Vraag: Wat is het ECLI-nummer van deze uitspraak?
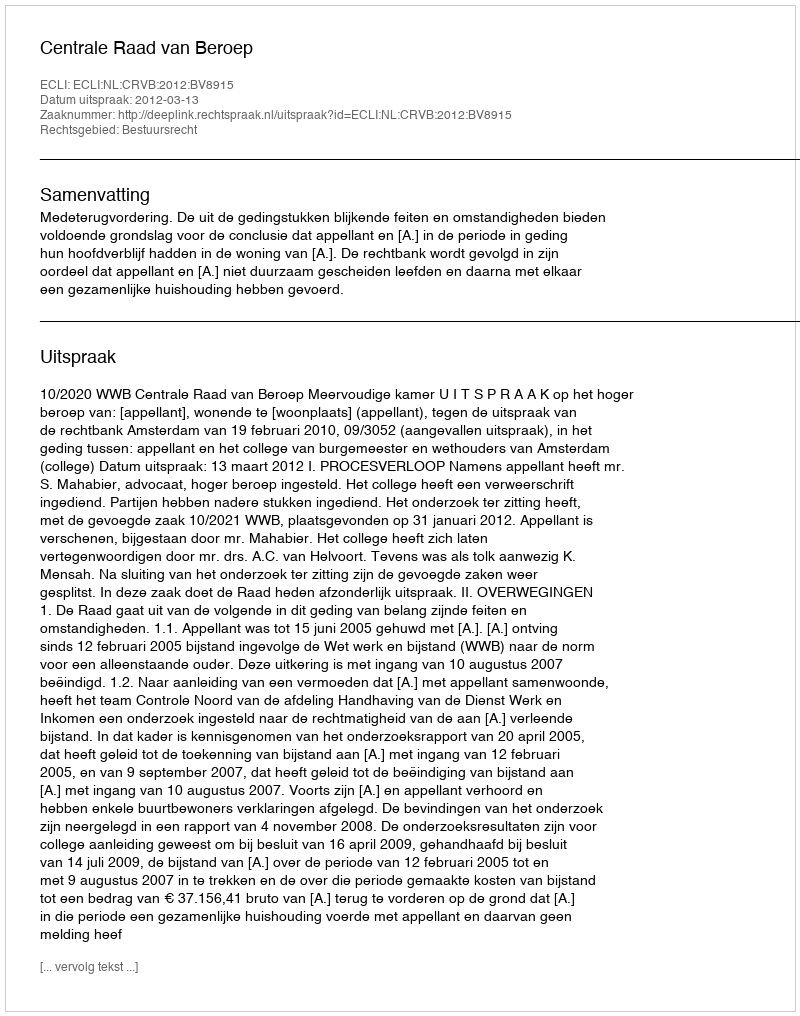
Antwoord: ECLI:NL:CRVB:2012:BV8915